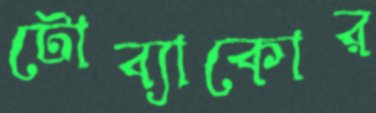
টোব্যাকোর